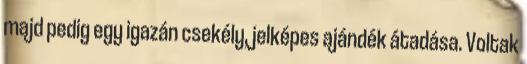
majd pedig egy igazán csekély, jelképes ajándék átadása. Voltak